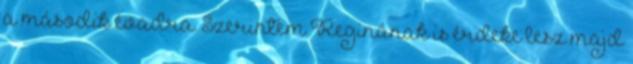
a második évadra. Szerintem Reginának is érdeke lesz majd